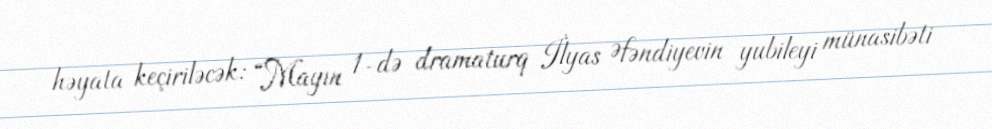
həyata keçiriləcək: “Mayın 1-də dramaturq İlyas Əfəndiyevin yubileyi münasibəti